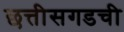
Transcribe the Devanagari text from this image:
छत्तीसगडची